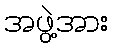
အဖွဲ့အား